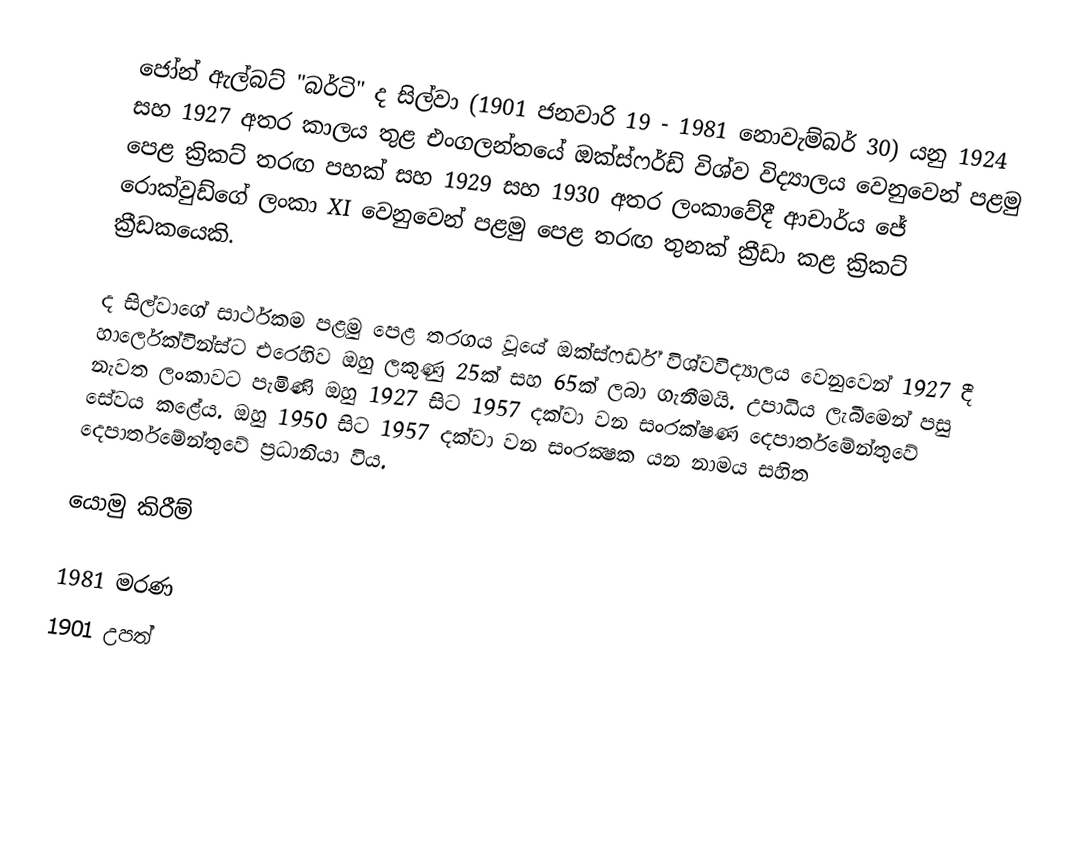
ජෝන් ඇල්බට් "බර්ටි" ද සිල්වා (1901 ජනවාරි 19 - 1981 නොවැම්බර් 30) යනු 1924 සහ 1927 අතර කාලය තුළ එංගලන්තයේ ඔක්ස්ෆර්ඩ් විශ්ව විද්‍යාලය වෙනුවෙන් පළමු පෙළ ක්‍රිකට් තරඟ පහක් සහ 1929 සහ 1930 අතර ලංකාවේදී ආචාර්ය ජේ රොක්වුඩ්ගේ ලංකා XI වෙනුවෙන් පළමු පෙළ තරඟ තුනක් ක්‍රීඩා කළ ක්‍රිකට් ක්‍රීඩකයෙකි.

ද සිල්වාගේ සාර්ථකම පළමු පෙළ තරගය වූයේ ඔක්ස්ෆර්ඩ් විශ්වවිද්‍යාලය වෙනුවෙන් 1927 දී හාර්ලෙක්වින්ස්ට එරෙහිව ඔහු ලකුණු 25ක් සහ 65ක් ලබා ගැනීමයි. උපාධිය ලැබීමෙන් පසු නැවත ලංකාවට පැමිණි ඔහු 1927 සිට 1957 දක්වා වන සංරක්ෂණ දෙපාර්තමේන්තුවේ සේවය කළේය. ඔහු 1950 සිට 1957 දක්වා වන සංරක්‍ෂක යන නාමය සහිත දෙපාර්තමේන්තුවේ ප්‍රධානියා විය.

යොමු කිරීම්

1981 මරණ
1901 උපත්